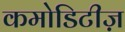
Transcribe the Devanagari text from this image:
कमोडिटीज़